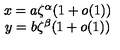
\begin{array} { c } { x = a \zeta ^ { \alpha } ( 1 + o ( 1 ) ) } \\ { y = b \zeta ^ { \beta } ( 1 + o ( 1 ) ) } \\ \end{array}